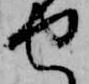
せ